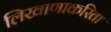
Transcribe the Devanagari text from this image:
लिखाणाकरिता